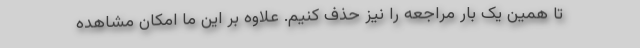
تا همین یک بار مراجعه را نیز حذف کنیم. علاوه بر این ما امکان مشاهده